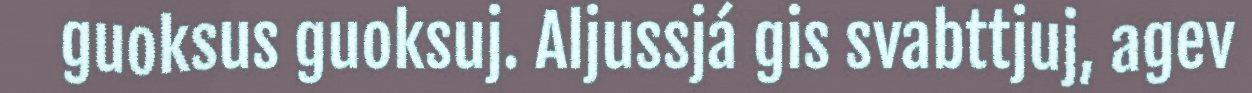
guoksus guoksuj. Aljussjá gis svabttjuj, agev